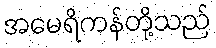
အမေရိကန်တို့သည်